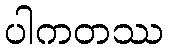
ပါကတဿ